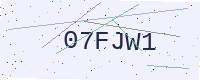
Text: 07FJW1